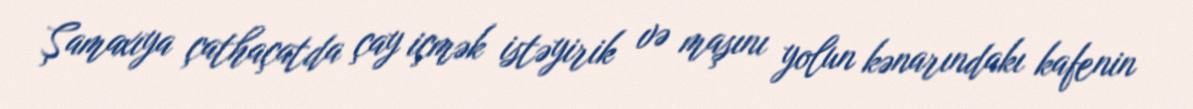
Şamaxıya çathaçatda çay içmək istəyirik və maşını yolun kənarındakı kafenin